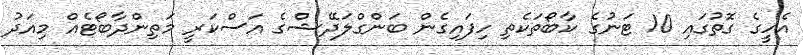
އެހީގެ ގޮތުގައި 10 ޓަނުގެ ކާބޯތަކެތި ހިފައިގެން ބަންގްލަދޭޝްގެ އަސްކަރީ މަތިންދާބޯޓެއް މިއަދު